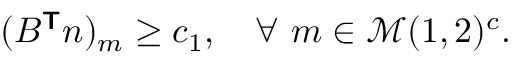
\begin{array} { r } { ( B ^ { \boldsymbol { \mathsf { T } } } \boldsymbol { n } ) _ { m } \ge c _ { 1 } , \quad \forall \ m \in \mathcal { M } ( 1 , 2 ) ^ { c } . } \end{array}